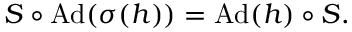
\displaystyle { S \circ \mathrm { A d } ( \sigma ( h ) ) = \mathrm { A d } ( h ) \circ S . }